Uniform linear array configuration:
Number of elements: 32
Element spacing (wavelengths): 1
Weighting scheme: hann
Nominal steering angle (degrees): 15
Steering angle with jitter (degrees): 14.142
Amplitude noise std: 0.05
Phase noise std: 0.05

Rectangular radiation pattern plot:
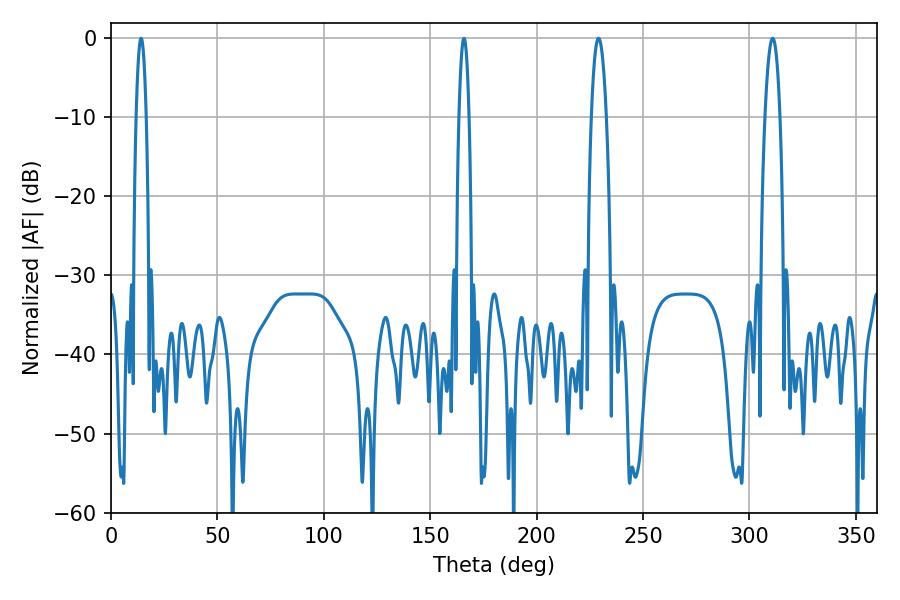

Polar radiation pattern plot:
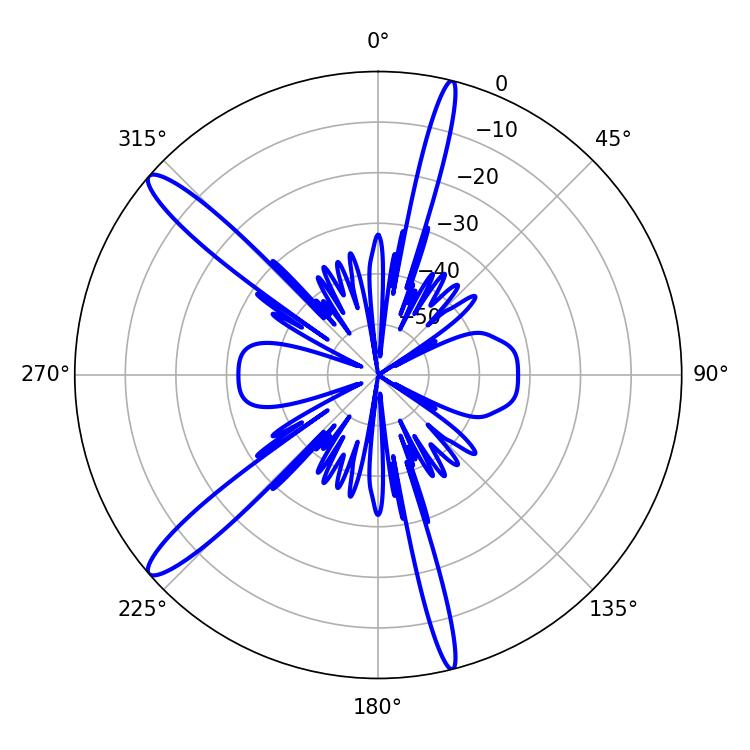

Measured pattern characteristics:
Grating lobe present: TRUE
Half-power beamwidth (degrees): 3.96
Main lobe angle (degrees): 310.86